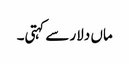
ماں دلار سے کہتی۔